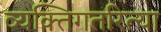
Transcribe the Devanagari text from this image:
व्यक्तिगतरित्या